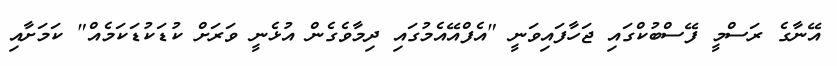
އޭނާގެ ރަސްމީ ފޭސްބުކްގައި ޖަހާފައިވަނީ "އެފްއޭއެމުގައި ދިމާވެގެން އުޅެނީ ވަރަށް ކުޑަކުޑަކަމެއް" ކަމަށާއި